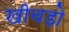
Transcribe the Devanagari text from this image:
खीचड़ो